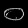
Digit: ၀